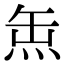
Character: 缹